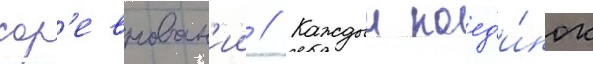
сор'евнован'ии // Каждыи поед'и́нок